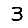
Digit: 3